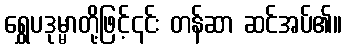
ရွှေပဒုမ္မာတို့ဖြင့်၎င်း တန်ဆာ ဆင်အပ်၏။